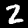
Label: 2